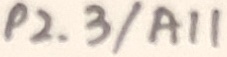
Text: P2.3/A11